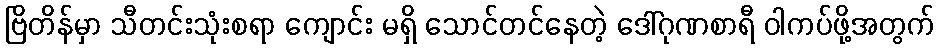
ဗြိတိန်မှာ သီတင်းသုံးစရာ ကျောင်း မရှိ သောင်တင်နေတဲ့ ဒေါ်ဂုဏစာရီ ဝါကပ်ဖို့အတွက်